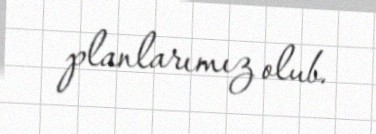
planlarımız olub.